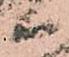
る